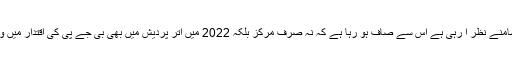
اب جو تصویر سامنے نظر آ رہی ہے اس سے صاف ہو رہا ہے کہ نہ صرف مرکز بلکہ 2022 میں اتر پردیش میں بھی بی جے پی کی اقتدار میں واپسی مشکل ہے۔